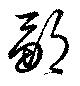
鄒